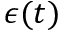
\epsilon ( t )